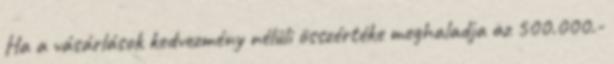
Ha a vásárlások kedvezmény nélüli összértéke meghaladja az 500.000.-